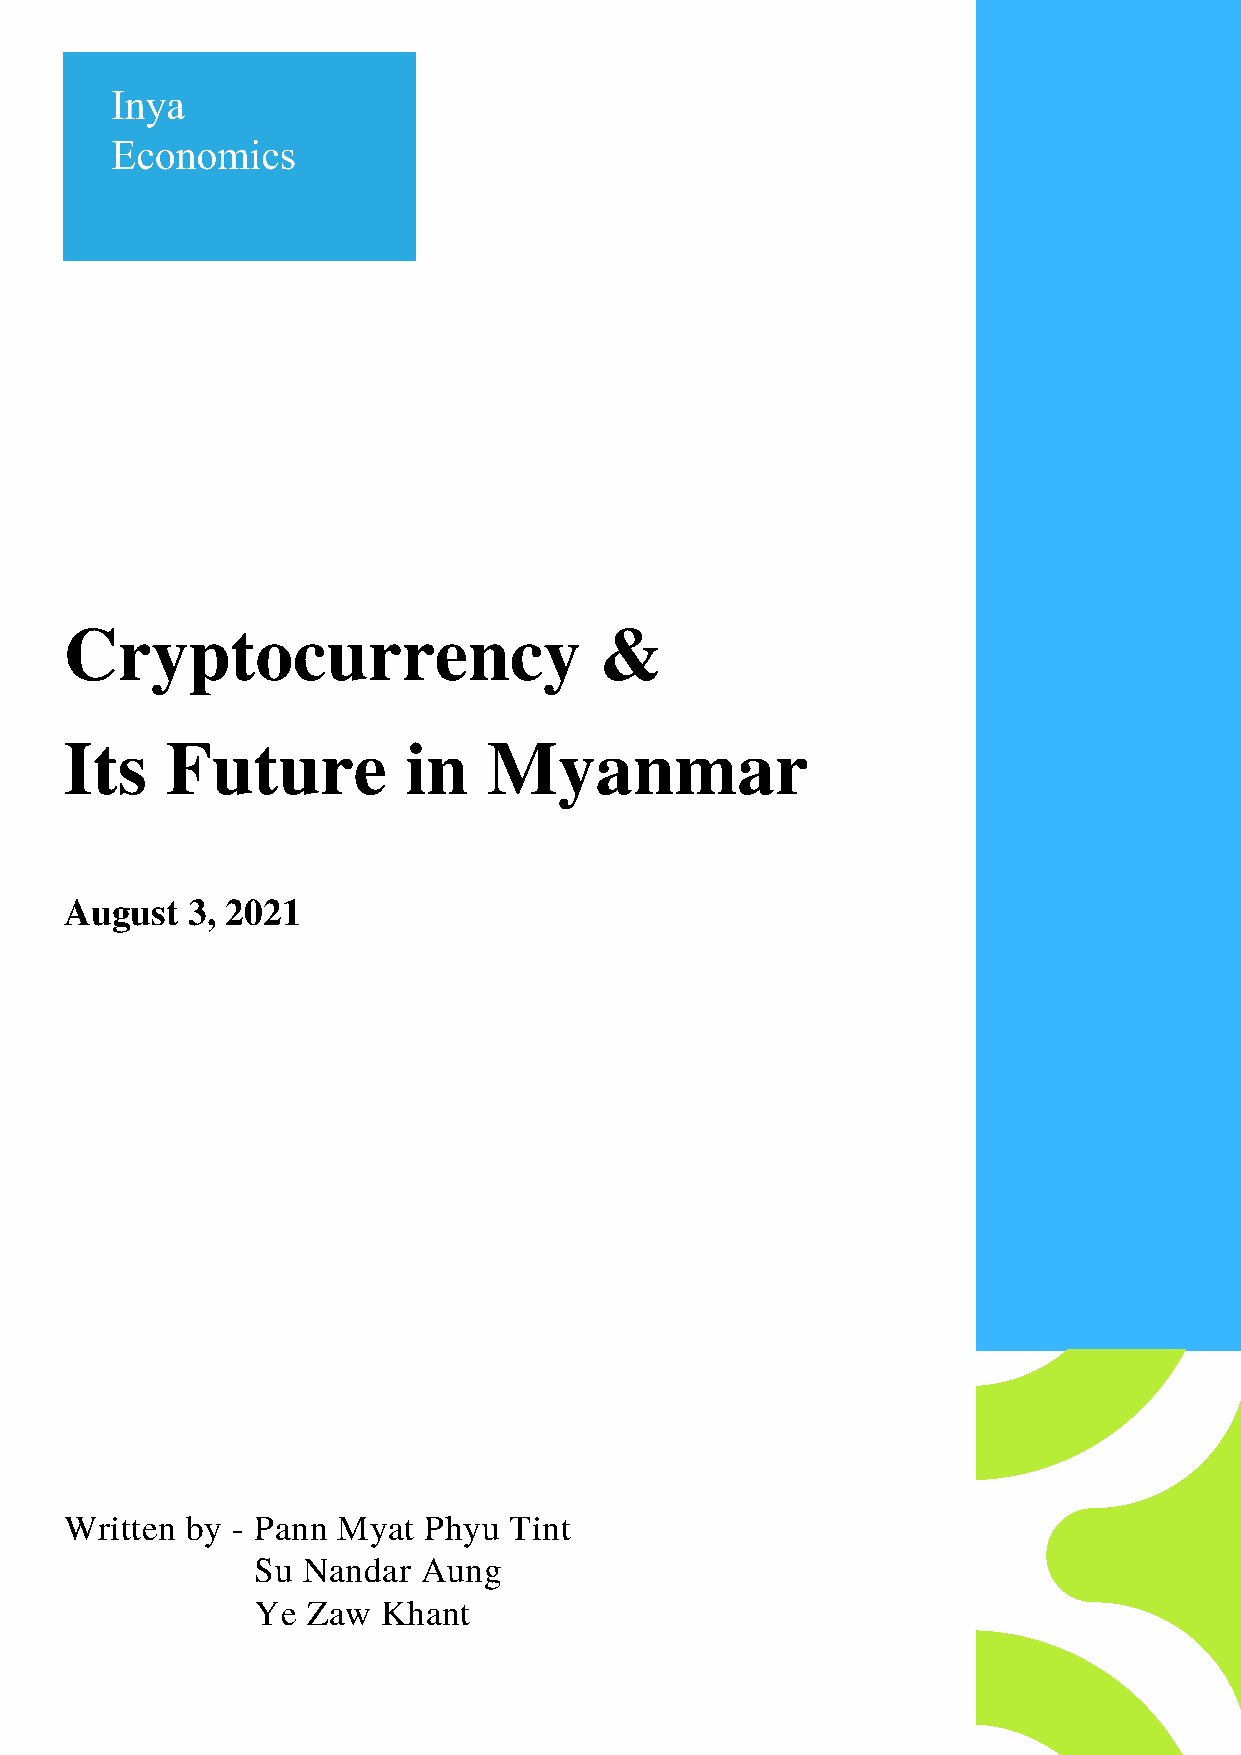
Cryptocurrency                      &
 Its    Future          in   Myanmar
 August  3, 2021
 Written by - Pann Myat  Phyu  Tint
 Su Nandar  Aung
 Ye Zaw  Khant